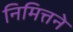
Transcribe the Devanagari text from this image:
निमित्तने